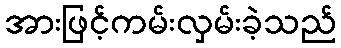
အားဖြင့်ကမ်းလှမ်းခဲ့သည်